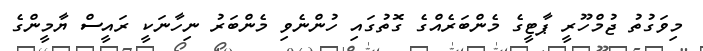
މިވަގުތު ޖުމްހޫރީ ޕާޓީގެ މެންބަރެއްގެ ގޮތުގައި ހުންނެވި މެންބަރު ނިހާނަކީ ރައީސް ޔާމީންގެ